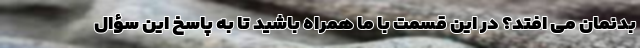
بدنمان می افتد؟ در این قسمت با ما همراه باشید تا به پاسخ این سؤال